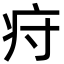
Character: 疛